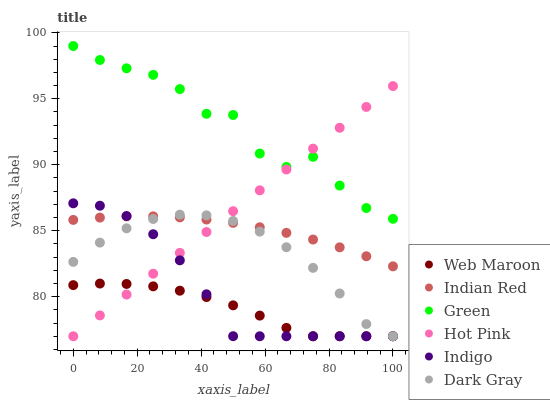
| xaxis_label | Web Maroon | Indian Red | Green | Hot Pink | Indigo | Dark Gray |
 | --- | --- | --- | --- | --- | --- | --- |
 | 0 | 80.9 | 85.8 | 99 | 77 | 87.1 | 82.6 |
 | 8.33 | 81 | 86 | 97.9 | 78.6 | 86.9 | 84.1 |
 | 16.7 | 81 | 86.1 | 97.3 | 80.2 | 86.1 | 85.2 |
 | 25 | 80.8 | 86.1 | 96.8 | 81.7 | 84.7 | 85.9 |
 | 33.3 | 80.5 | 86 | 95.7 | 83.3 | 82.8 | 86.2 |
 | 41.7 | 80 | 85.8 | 93.9 | 84.9 | 80.2 | 86.2 |
 | 50 | 79.3 | 85.6 | 93.8 | 86.5 | 77 | 85.7 |
 | 58.3 | 78.6 | 85.3 | 90.8 | 88.1 | 77 | 84.9 |
 | 66.7 | 77.6 | 84.8 | 89.8 | 89.6 | 77 | 83.7 |
 | 75 | 77 | 84.3 | 90.6 | 91.2 | 77 | 82.2 |
 | 83.3 | 77 | 83.7 | 88.4 | 92.8 | 77 | 80.2 |
 | 91.7 | 77 | 83.1 | 86.7 | 94.4 | 77 | 77.9 |
 | 100 | 77 | 82.3 | 85.9 | 96 | 77 | 77 |